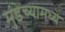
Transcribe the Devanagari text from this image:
मुंडेच्यामध्ये